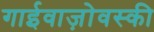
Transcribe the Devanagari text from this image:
गाईवाज़ोवस्की